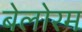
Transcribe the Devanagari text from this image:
बेलोरम